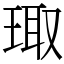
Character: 㻓